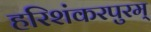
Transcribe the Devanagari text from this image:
हरिशंकरपुरम्